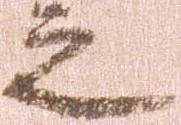
之